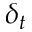
\delta _ { t }